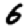
Digit: 6